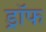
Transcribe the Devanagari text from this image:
ड्रॉफ